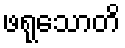
ဖရုသောတိ